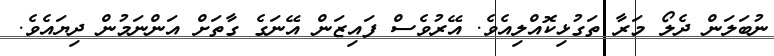
ނުބަލަން ދެލޯ މަރާ ތަގުޅިކޮއްލިއެވެ. އޭރުވެސް ފައިޒަން އޭނަގެ ގާތަށް އަންނަމުން ދިޔައެވެ.